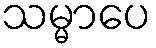
သမ္မာပေ